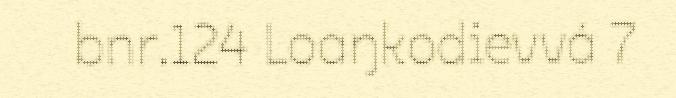
bnr.124 Loaŋkodievvá 7